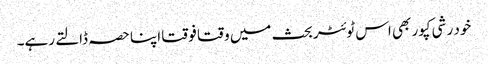
خود رشی کپور بھی اس ٹوئٹر بحث میں وقتا فوقتا اپنا حصہ ڈالتے رہے۔